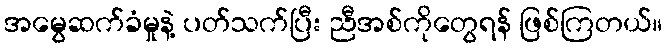
အမွေဆက်ခံမှုနဲ့ ပတ်သက်ပြီး ညီအစ်ကိုတွေရန် ဖြစ်ကြတယ်။